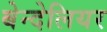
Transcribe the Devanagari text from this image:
बेन्देलियर